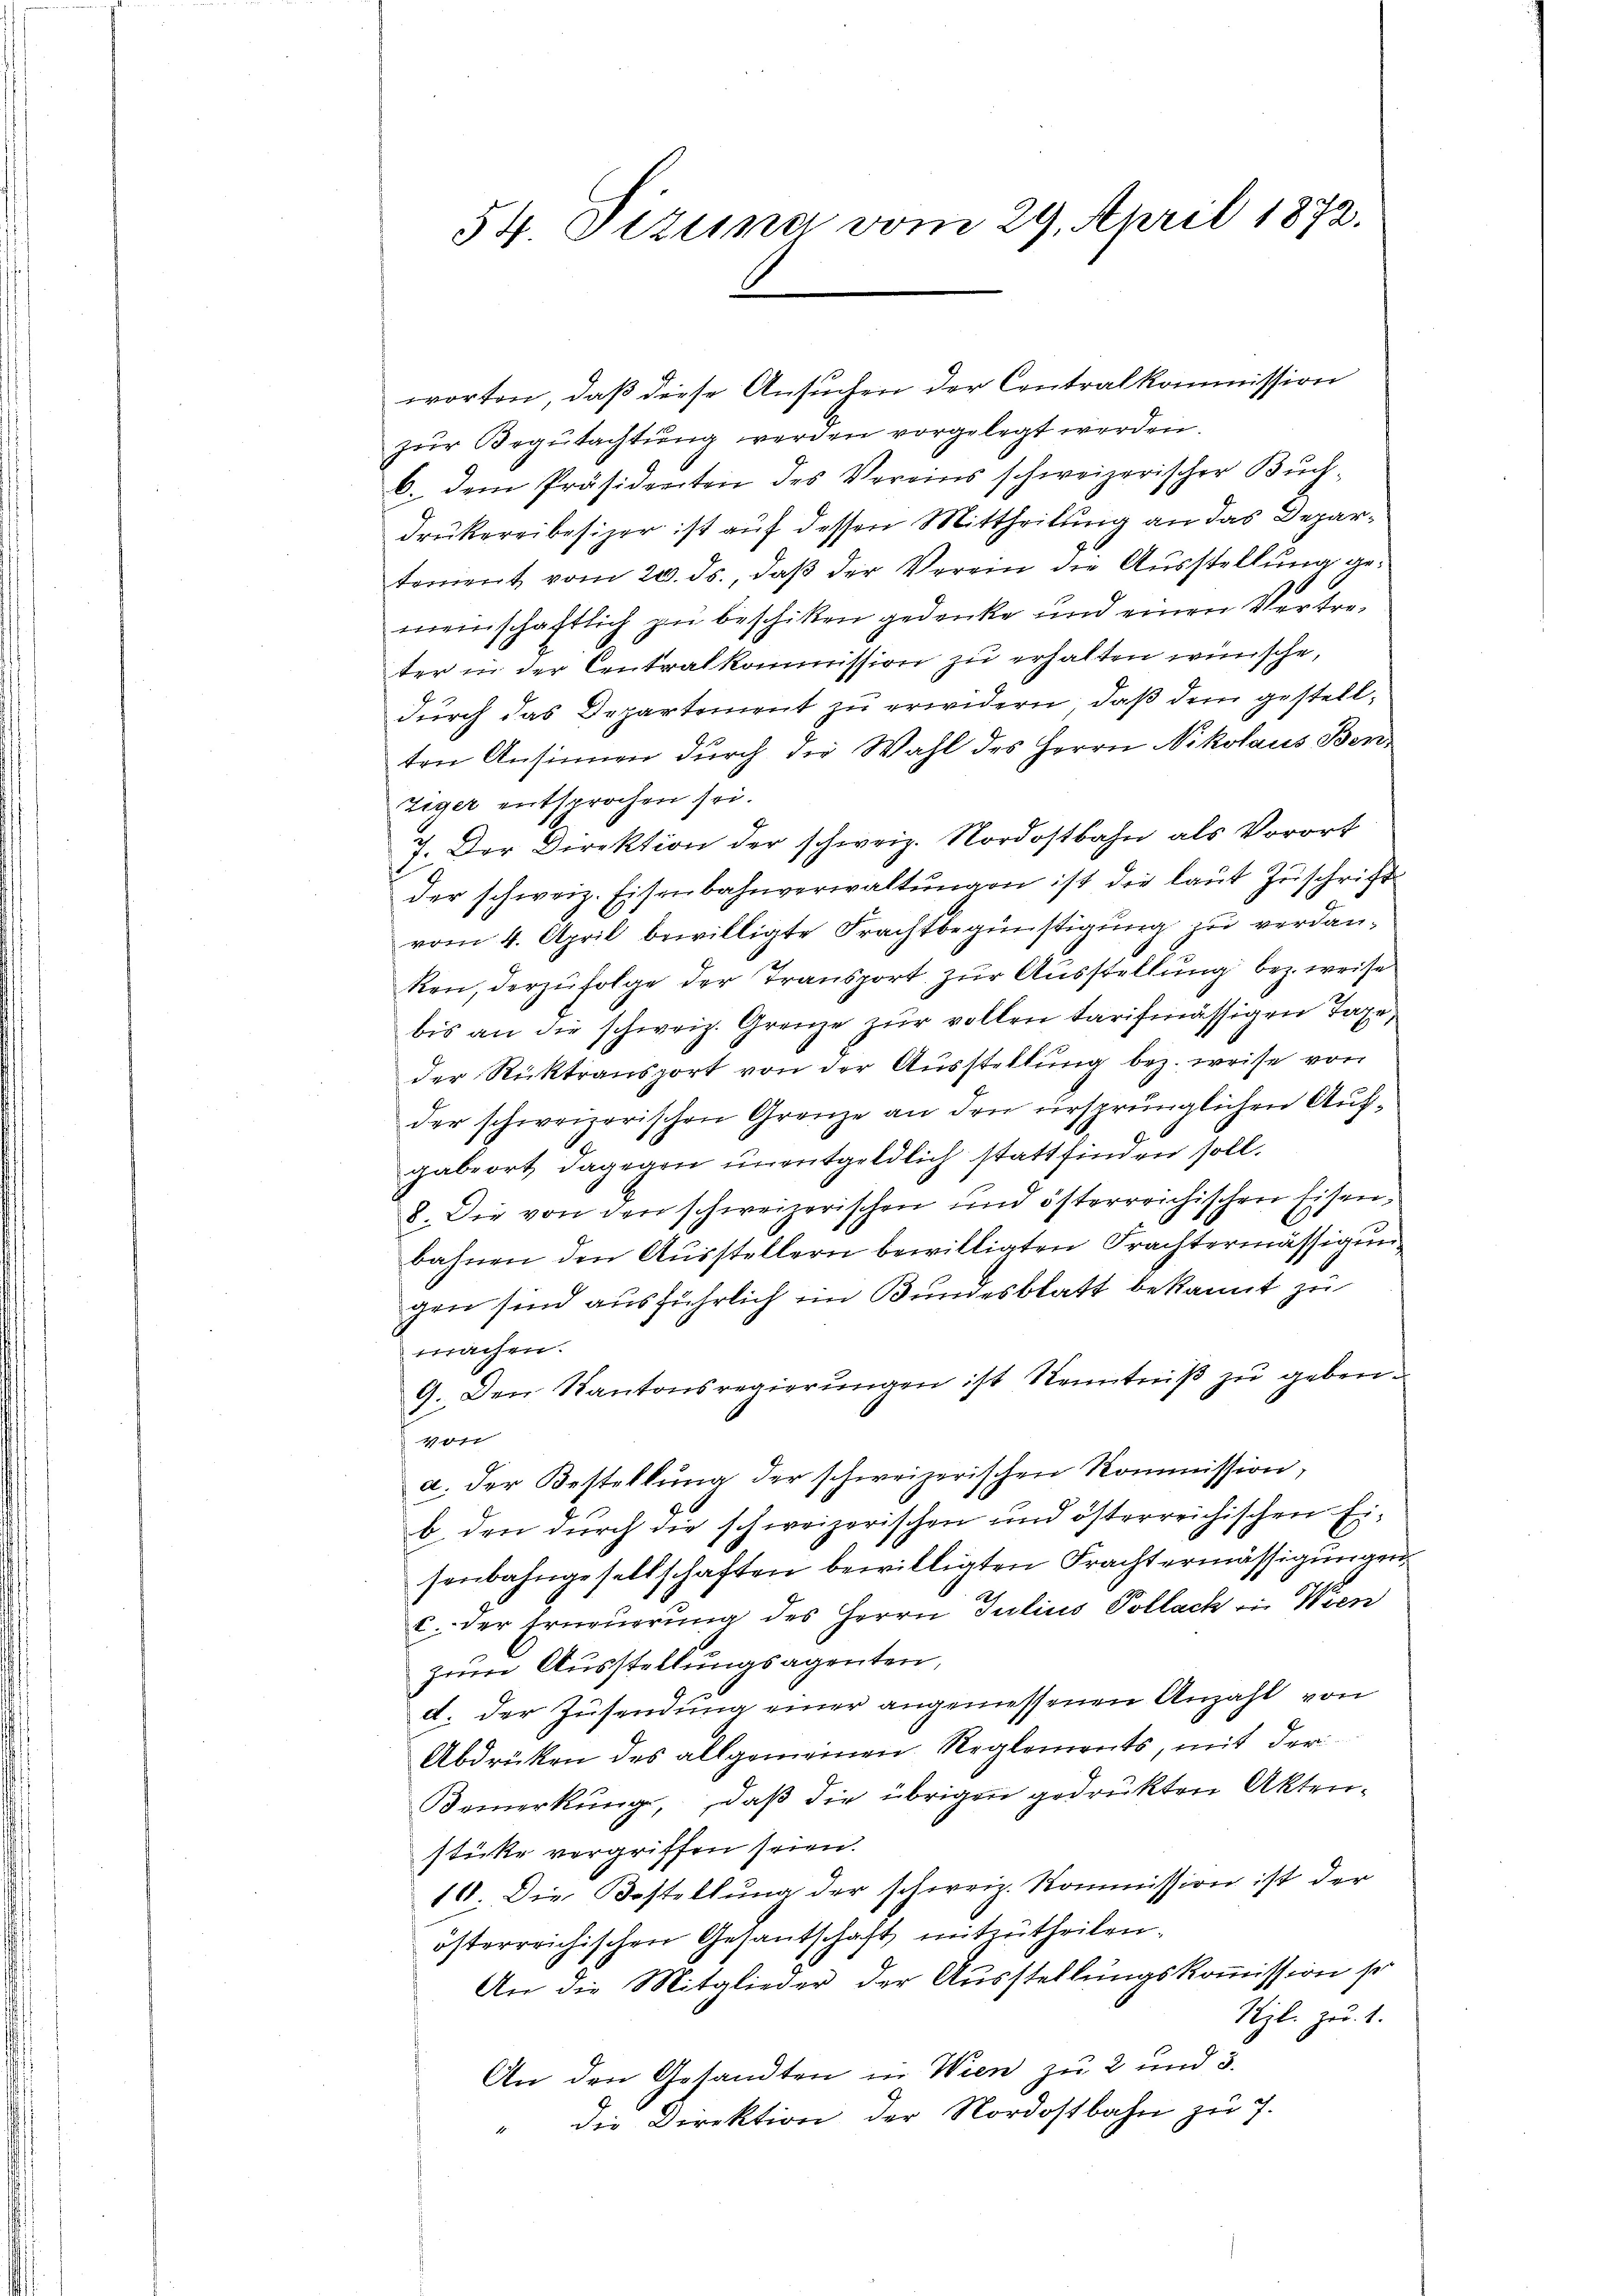
54 Dizuna vom 29. April 1872.

worten, daß diese Ansuchen der Contralkommission
zŭr Begutachtŭng werden vorgelegt werden.
6. dem Präsidenten des Vereins schweizerischer Buch-
drukereibesizer ist auf dessen Mittheilung an das Departement vom 20. ds. daß der Verein die Ausstellung gemeinschaftlich zu beschiken gedenke und einen Vertreter in der Centralkommission zu erhalten wünsche,
durch das Departement zu erwidern, daß dem gestellten Ansinnen durch die Wahl des Herrn Nikolaus Benziger entsprochen sei.
J. Der Direktion der schweiz. Nordostbahn als Vorort
der schweiz. Eisenbahnverwaltŭngen ist die laŭt Zŭschrift
vom 4. April bewilligte Frachtbegünstigung zu verdanken, derzufolge der Transport zur Ausstellung bezweise
bis an die schweiz. Grenze zur vollen tarifmässigen Tage,
der Rücktransport von der Ausstellung bez. weise von
der schweizerischen Grenze an den ursprünglichen Aufgabeort dagegen unentgeldlich stattfinden soll.
8. Die von den schweizerischen und österreichischen Eisenbahnen den Ausstellern bewilligten Frachtermässigung
gen sind ausführlich im Bundesblatt bekannt zu
machen.
9. Den Kantonsregierŭngen ist Kenntniβ zŭ geben.
40fr
a. der Bestellung der schweizerischen Kommission,
b. den durch die schweizerischen und österreichischen Eisenbahngesellschaften bewilligten Fracht ermässigungen
c. der Erneuerung des Herrn Julius Pollach in Wien
zum Ausstellungsagenten,
d. der Zusendung einer angemessenen Anzahl von
Abdrücken des allgemeinen Reglements, mit der
Bemerkung, daß die übrigen gedrückten Aktenstücke vergriffen seien.
16. Die Bestellung der schweiz. Kommission ist der
österreichischen Gesantschaft mitzutheilen.
An die Mitglieder der Ausstellungskommission so
Ryl. zu 1.
An den Gesandten in Wien zu 2 und 3.
" die Direktion der Nordostbahn zu 7.